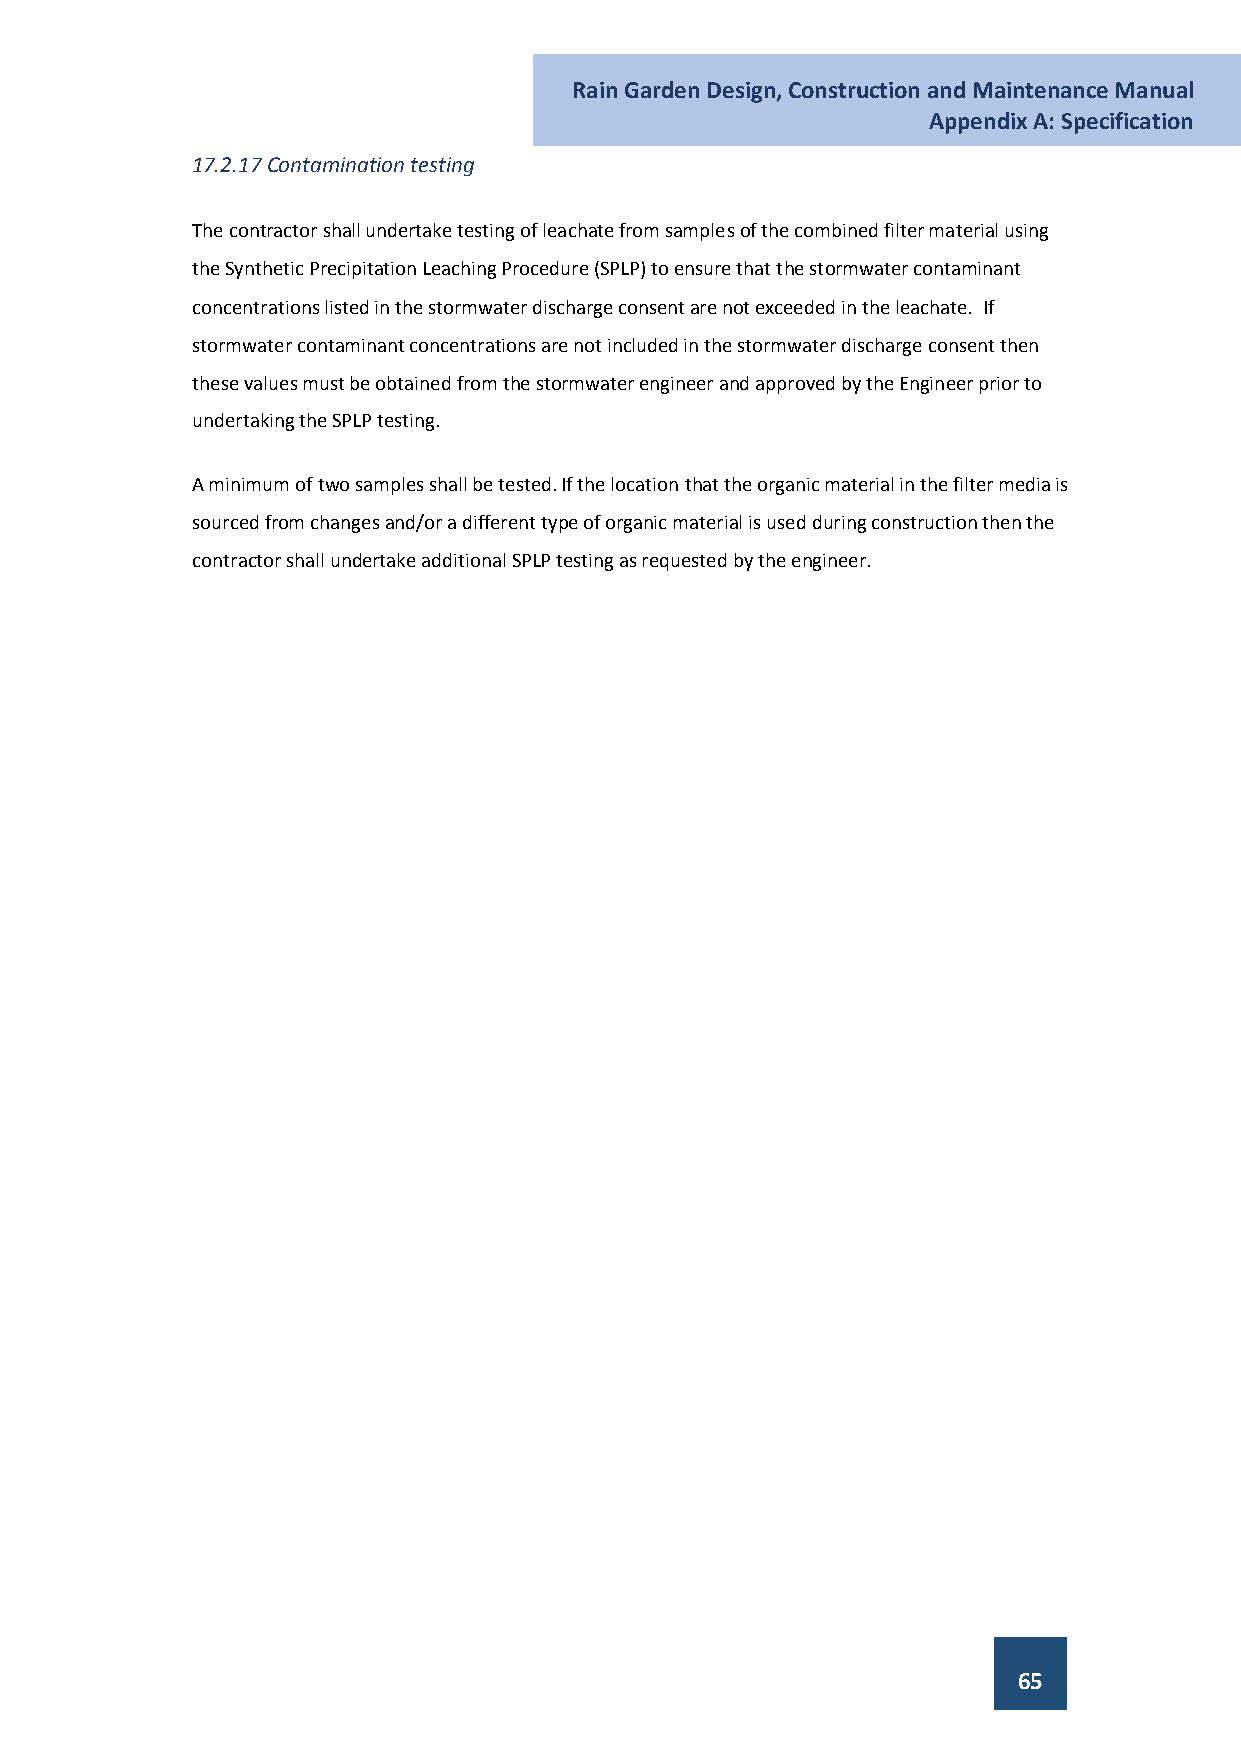
Rain Garden Design, Construction and Maintenance Manual
 Appendix A: Specification
 17.2.17 Contamination testing
 The contractor shall undertake testing of leachate from samples of the combined filter material using
 the Synthetic Precipitation Leaching Procedure (SPLP) to ensure that the stormwater contaminant
 concentrations listed in the stormwater discharge consent are not exceeded in the leachate. If
 stormwater contaminant concentrations are not included in the stormwater discharge consent then
 these values must be obtained from the stormwater engineer and approved by the Engineer prior to
 undertaking the SPLP testing.
 A minimum of two samples shall be tested. If the location that the organic material in the filter media is
 sourced from changes and/or a different type of organic material is used during construction then the
 contractor shall undertake additional SPLP testing as requested by the engineer.
 65